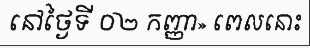
នៅថ្ងៃទី ០២ កញ្ញា» ពេលនោះ